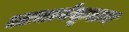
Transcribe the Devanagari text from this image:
आचार्यकूलम